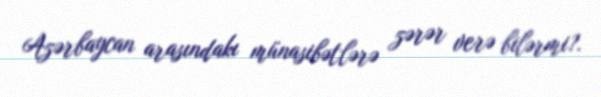
Azərbaycan arasındakı münasibətlərə zərər verə bilərmi?.